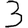
Digit: 3